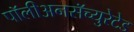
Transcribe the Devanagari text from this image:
पॉलीअनसॅच्युरेटेड